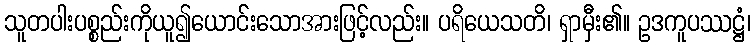
သူတပါးပစ္စည်းကိုယူ၍ယောင်းသောအားဖြင့်လည်း။ ပရိယေသတိ၊ ရှာမှီး၏။ ဥဒကူပဿဋ္ဌံ၊